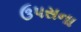
ઉ૫સના